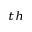
^ { t h }